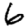
Digit: 6